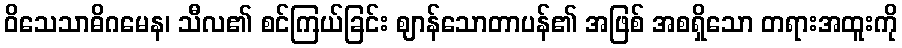
ဝိသေသာဓိဂမေန၊ သီလ၏ စင်ကြယ်ခြင်း ဈာန်သောတာပန်၏ အဖြစ် အစရှိသော တရားအထူးကို